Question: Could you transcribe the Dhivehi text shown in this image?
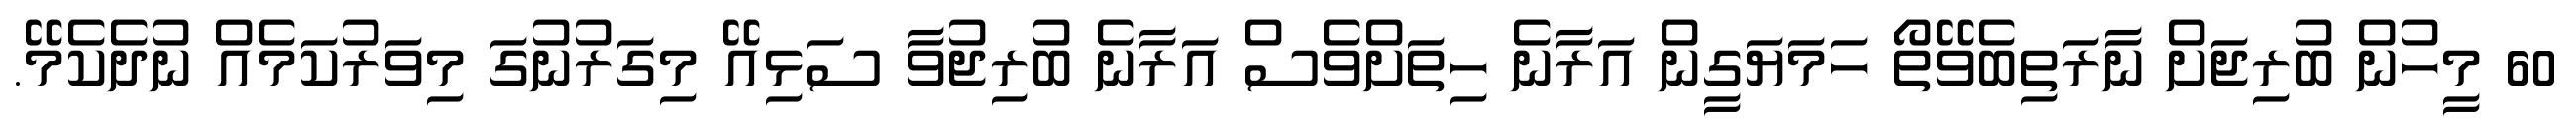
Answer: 60 މީހުން ބުރިޖަށް ނާރަތިބެވޭތޯ ހަމަޔަގީން އަރާނެ ހިތަށްވެސް އަރާނެ ބުރިޖުވާ ސަޅިއޭ މިގަރުނުގަ މިވަރުކަމެއް ނުދެކެމޭ.